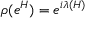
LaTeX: \rho ( e ^ { H } ) = e ^ { i \lambda ( H ) }